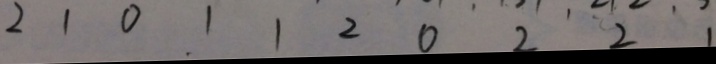
2 1 0 1 1 2 0 2 2 1